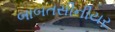
બાબતસીનીયર